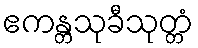
ဧကန္တသုခီသုတ္တံ